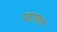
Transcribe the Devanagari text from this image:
ग्वाल्ल